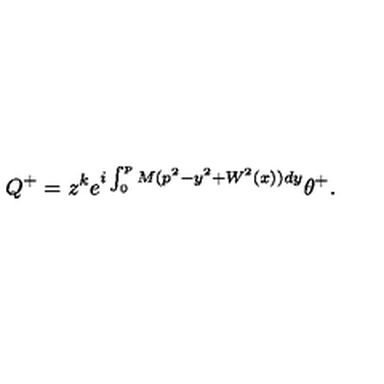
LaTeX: Q ^ { + } = z ^ { k } e ^ { i \int _ { 0 } ^ { p } M ( p ^ { 2 } - y ^ { 2 } + W ^ { 2 } ( x ) ) d y } \theta ^ { + } .